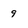
Character: 9